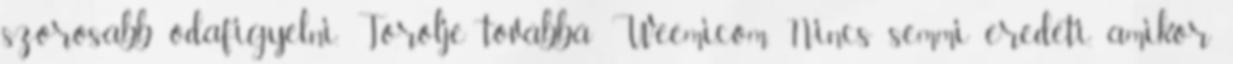
szorosabb odafigyelni. Törölje továbbá Weemi.com. Nincs semmi eredeti, amikor